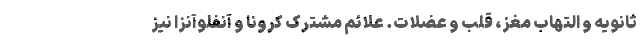
ثانویه و التهاب مغز، قلب و عضلات. علائم مشترک کرونا و آنفلوآنزا نیز